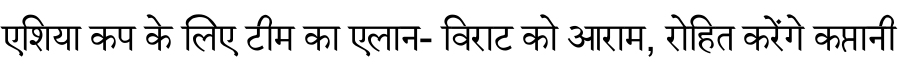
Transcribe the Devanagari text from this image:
एशिया कप के लिए टीम का एलान- विराट को आराम, रोहित करेंगे कप्तानी